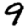
Digit: 9